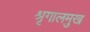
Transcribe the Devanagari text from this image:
श्रृगालमुख